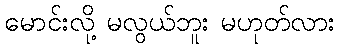
မောင်းလို့ မလွယ်ဘူး မဟုတ်လား